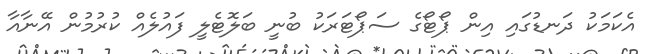
އެކަމަކު ދަނޑުގައި އިން ޕޯޓޯގެ ސަޕޯޓަރަކު ބުނީ ބަލޮޓެލީ ފައުލެއް ކުރުމުން އޭނާއާ